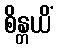
စိန္တယိံ